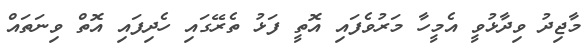
މާޖިދު ވިދާޅުވީ އެމީހާ މަރުވެފައި އޮތީ ފަޅު ތެރޭގައި ހެދިފައި އޮތް ވިނަތައް